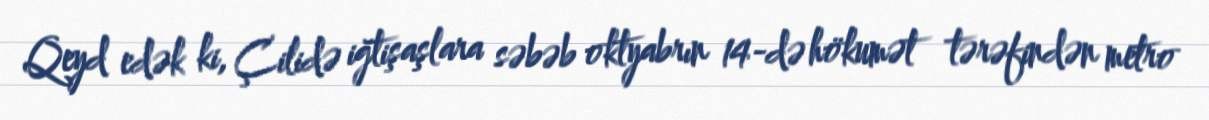
Qeyd edək ki, Çilidə iğtişaşlara səbəb oktyabrın 14-də hökumət tərəfindən metro